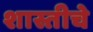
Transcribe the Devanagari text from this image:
शास्तीचे